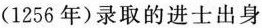
(1256年)录取的进士出身